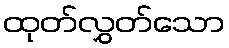
ထုတ်လွှတ်သော